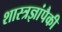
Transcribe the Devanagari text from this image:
शास्त्रज्ञांपैकी